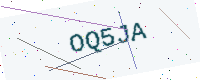
Text: OQ5JA